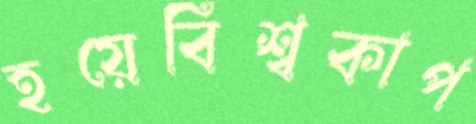
হয়েবিশ্বকাপ